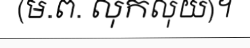
(ម.ព. លុកលុយ)។